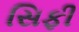
સિફી